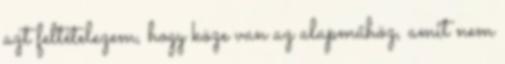
azt feltételezem, hogy köze van az alapműhöz, amit nem